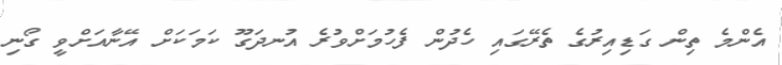
އެންމެ ތިން ގަޑިއިރުގެ ތެރޭގައި ހެދުން ފެހުމަށްވުރެ އުނދަގޫ ކަމަކަށް އޭނާއަށްވީ ގޯނި